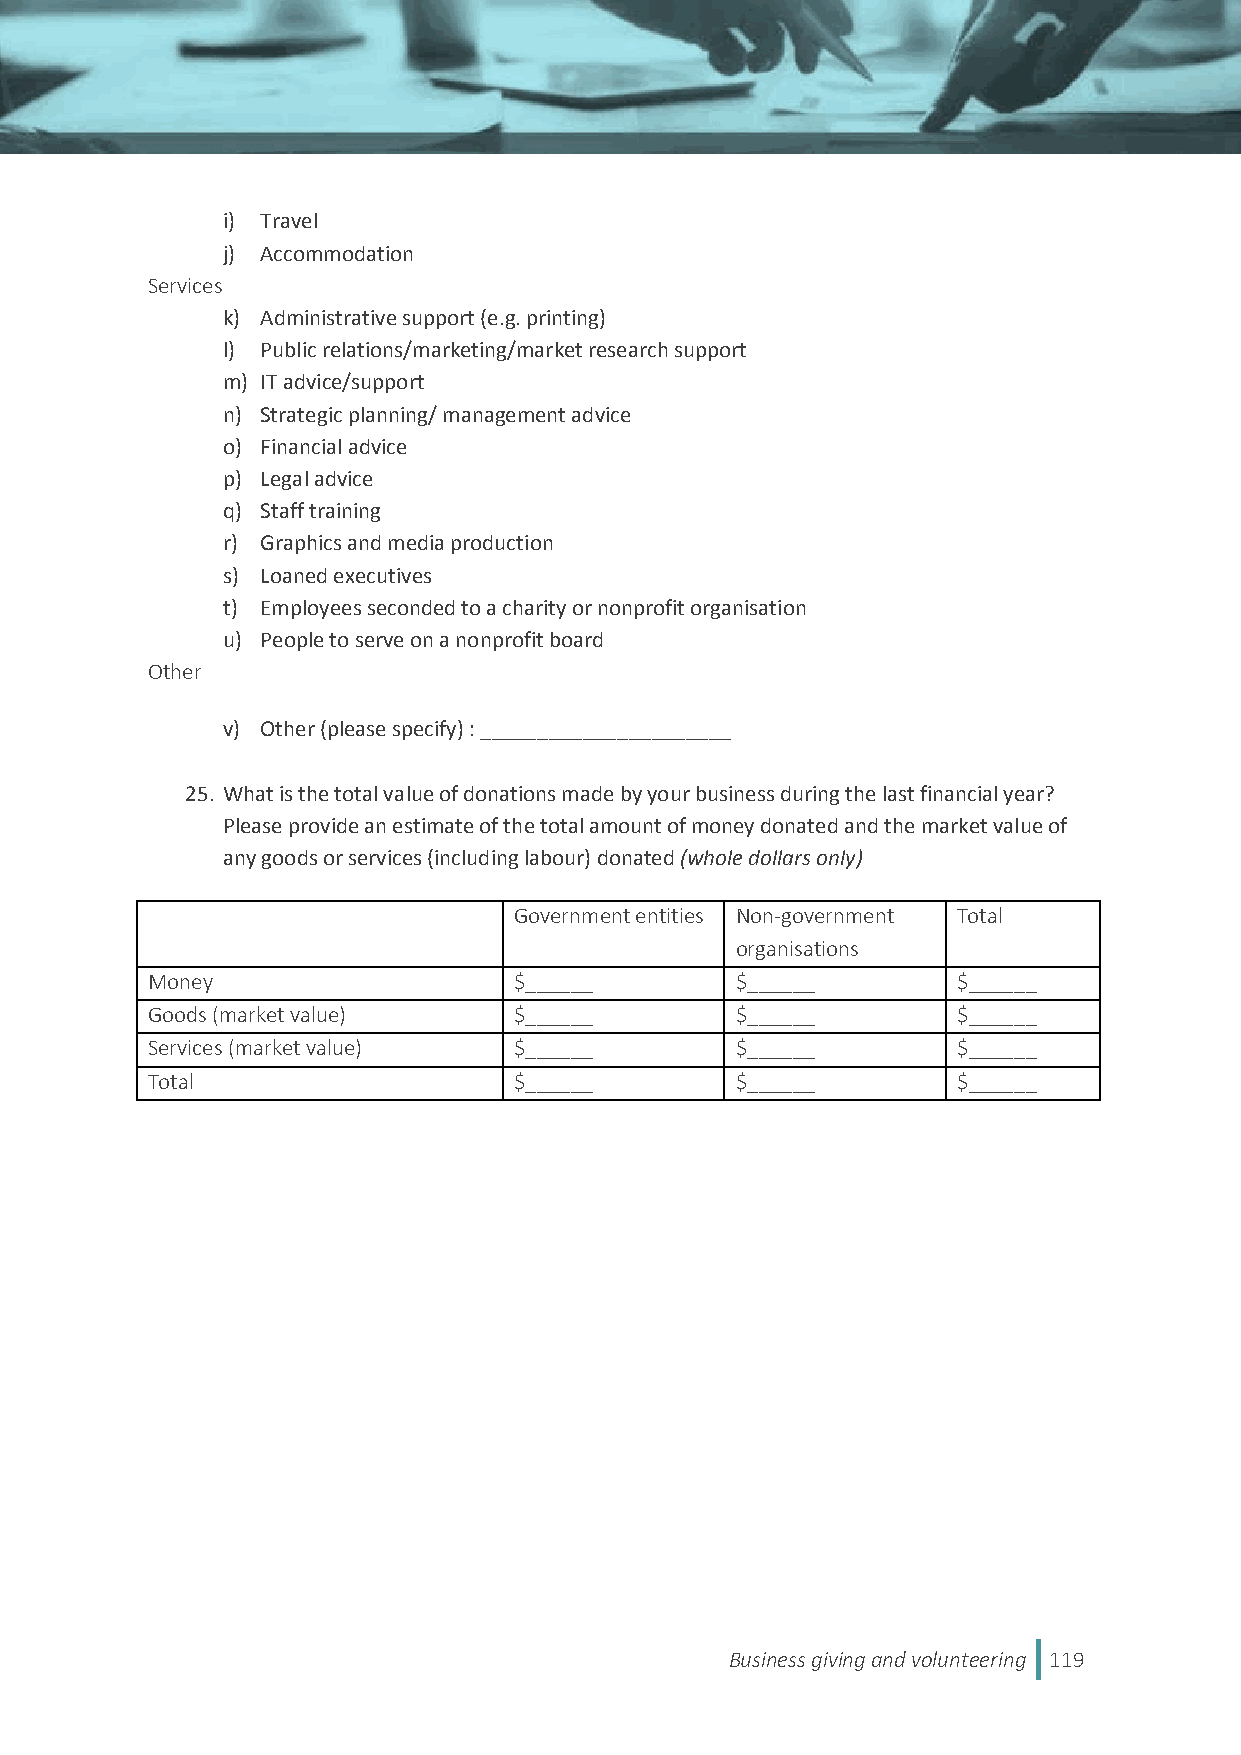
i) Travel
 j) Accommodation
 Services
 k) Administrative support (e.g. printing)
 l) Public relations/marketing/market research support
 m) IT advice/support
 n) Strategic planning/ management advice
 o) Financial advice
 p) Legal advice
 q) Staff training
 r) Graphics and media production
 s) Loaned executives
 t) Employees seconded to a charity or nonprofit organisation
 u) People to serve on a nonprofit board
 Other
 v) Other (please specify) : ______________________
 25. What is the total value of donations made by your business during the last financial year?
 Please provide an estimate of the total amount of money donated and the market value of
 any goods or services (including labour) donated (whole dollars only)
 Government entities Non-government Total
 organisations
 Money                   $______        $______       $______
 Goods (market value)    $______        $______       $______
 Services (market value) $______        $______       $______
 Total                   $______        $______       $______
 Business giving and volunteering 119